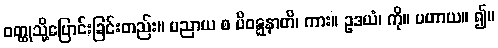
ဝတ္ထုသို့ပြောင်းခြင်းတည်း။ ပညာယ စ ပိဝဋ္ဋနာတိ၊ ကား။ ဥဒယံ၊ ကို။ ပဟာယ။ ၍။